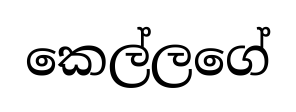
කෙල්ලගේ